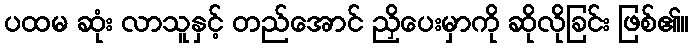
ပထမ ဆုံး လာသူနှင့် တည်အောင် ညှိပေးမှာကို ဆိုလိုခြင်း ဖြစ်၏။